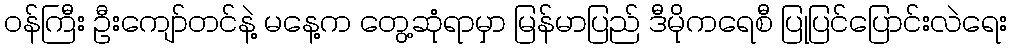
ဝန်ကြီး ဦးကျော်တင်နဲ့ မနေ့က တွေ့ဆုံရာမှာ မြန်မာပြည် ဒီမိုကရေစီ ပြုပြင်ပြောင်းလဲရေး